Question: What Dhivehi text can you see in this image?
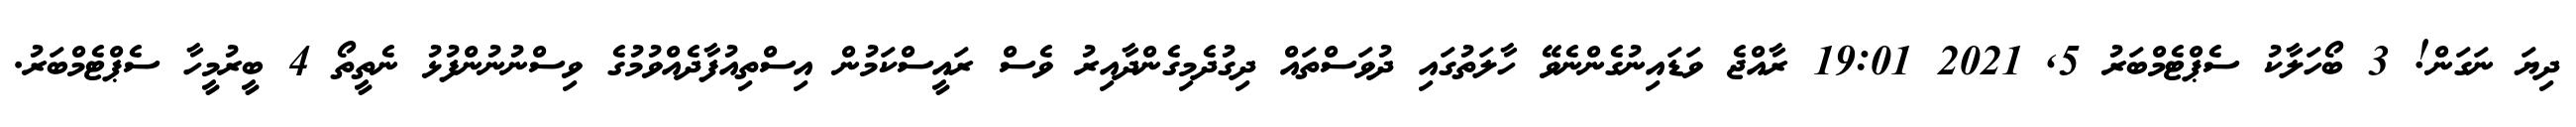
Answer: ދިޔަ ނަގަން! 3 ބޯހަލާކު ސެޕްޓެމްބަރު 5, 2021 19:01 ރާއްޖެ ވަޑައިނުގެންނެވޭ ހާލަތުގައި ދުވަސްތައް ދިގުދެމިގެންދާއިރު ވެސް ރައީސްކަމުން އިސްތިއުފާދެއްވުމުގެ ވިސްނުނުންފުޅު ނެތީތޯ 4 ބީރުމީހާ ސެޕްޓެމްބަރު.